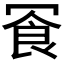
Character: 𪞓